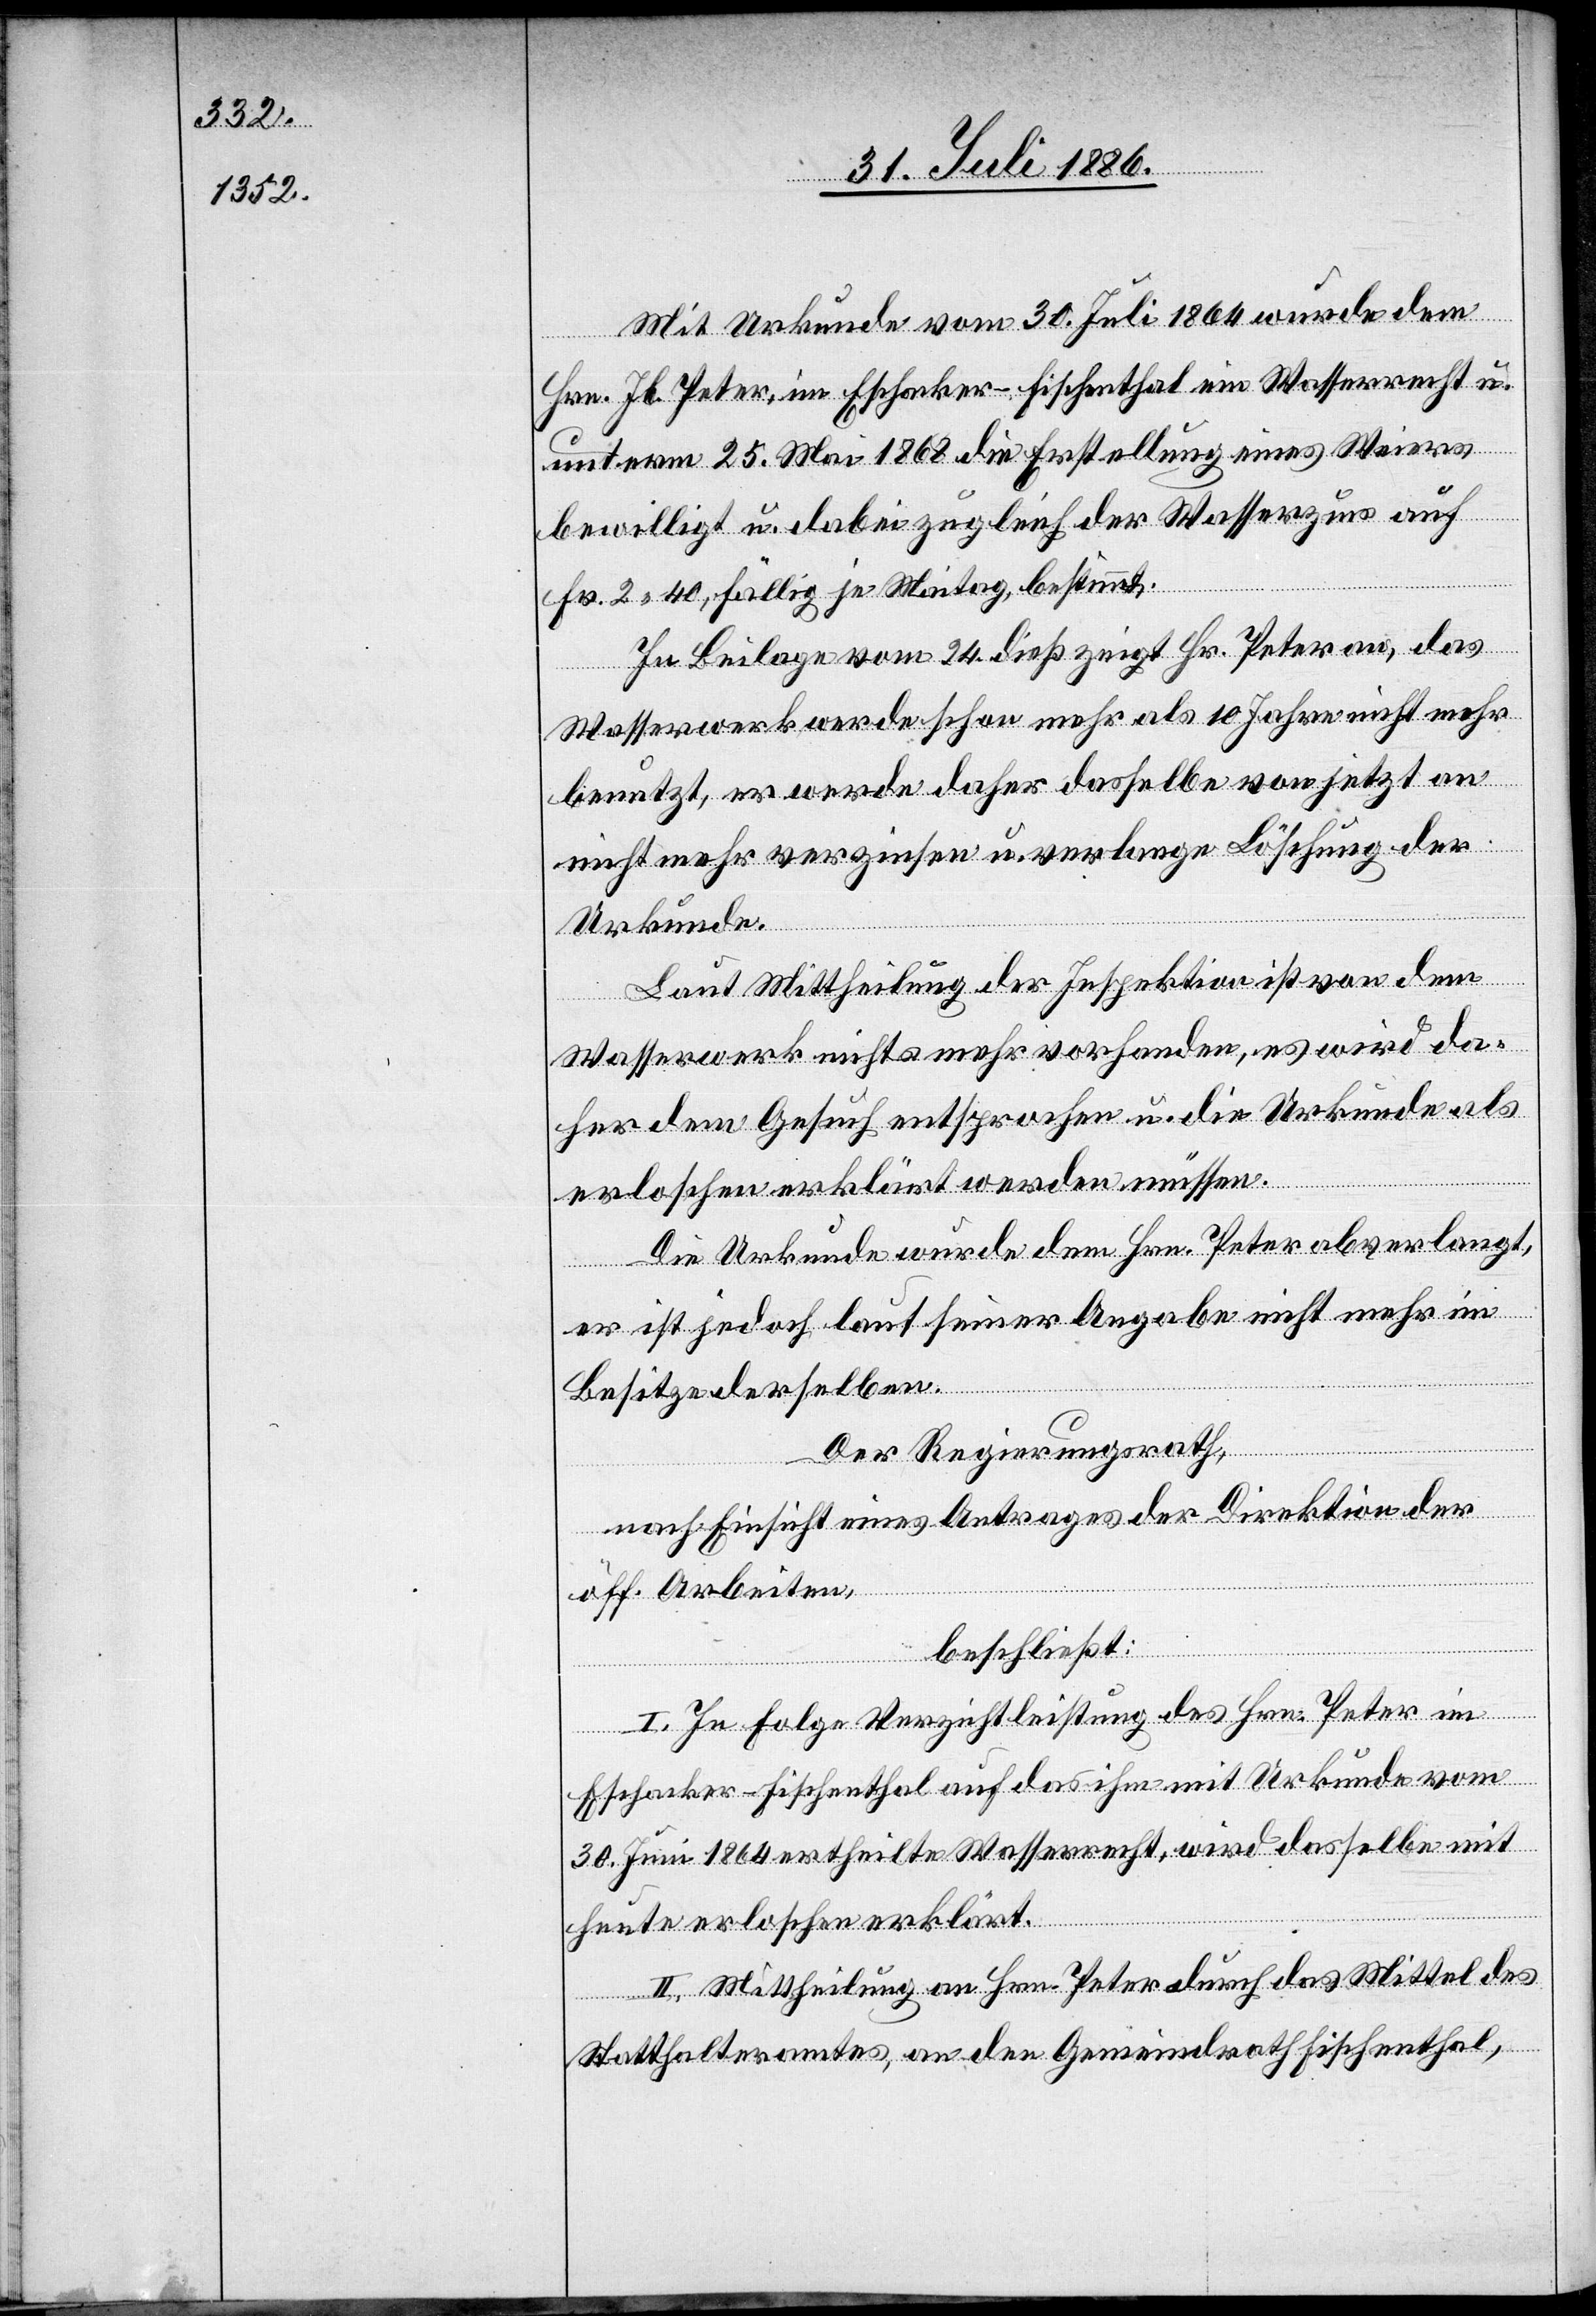
Mit Urkunde vom 30. Juli 1864 wurde dem
Hrn. Jb. Peter, im Eschacker - Fischenthal ein Wasserrecht u.
unterm 25. Mai 1868 die Erstellung eines Weiers
bewilligt u. dabei zugleich der Wasserzins auf
Fr. 2 40, fällig je Maitag, bestimmt.
In Beilage vom 24. dieß zeigt Hr. Peter an, das
Wasserwerk werde schon mehr als 10 Jahre nicht mehr
benutzt, er werde daher dasselbe von jetzt an
nicht mehr verzinsen u. verlange Löschung der
Urkunde.
Laut Mittheilung der Inspektion ist von dem
Wasserwerk nichts mehr vorhanden, es wird da¬
her dem Gesuch entsprochen u. die Urkunde als
erloschen erklärt werden müssen.
Die Urkunde wurde dem Hrn. Peter abverlangt,
er ist jedoch laut seiner Angabe nicht mehr im
Besitze derselben.
Der Regierungsrath,
nach Einsicht eines Antrages der Direktion der
öff. Arbeiten,
beschließt:
I. In Folge Verzichtleistung des Hrn. Peter im
Eschacker - Fischenthal auf das ihm mit Urkunde vom
30. Juni 1864 ertheilte Wasserrecht, wird dasselbe mit
heute erloschen erklärt.
II. Mittheilung an Hrn. Peter durch das Mittel des
Statthalteramtes, an den Gemeindrath Fischenthal,